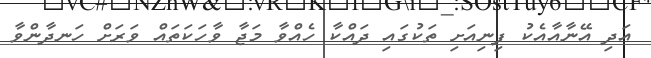
އަދި އޭނާއާއެކު ފިނިއަށި ތަކުގައި ދައްކާ ހެއްވާ މަޖާ ވާހަކަތައް ވަރަށް ހަނދާންވާ